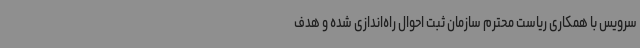
سرویس با همکاری ریاست محترم سازمان ثبت احوال راه‌اندازی شده و هدف